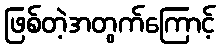
ဖြစ်တဲ့အတွက်ကြောင့်